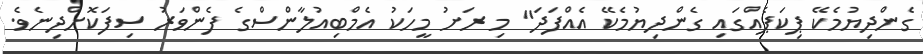
ގެންދިޔުމެކޭ ޕިކަޕެއްގައި ގެންދިޔުމެކޭ އެއްފަދަ" މި ރަށު މީހަކު އެމްބިއުލާންސްގެ ފެންވަރު ސިފަކޮށްދިނެވެ.